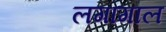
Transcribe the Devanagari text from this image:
लगागाल